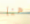
هنا